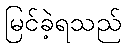
မြင်ခဲ့ရသည်